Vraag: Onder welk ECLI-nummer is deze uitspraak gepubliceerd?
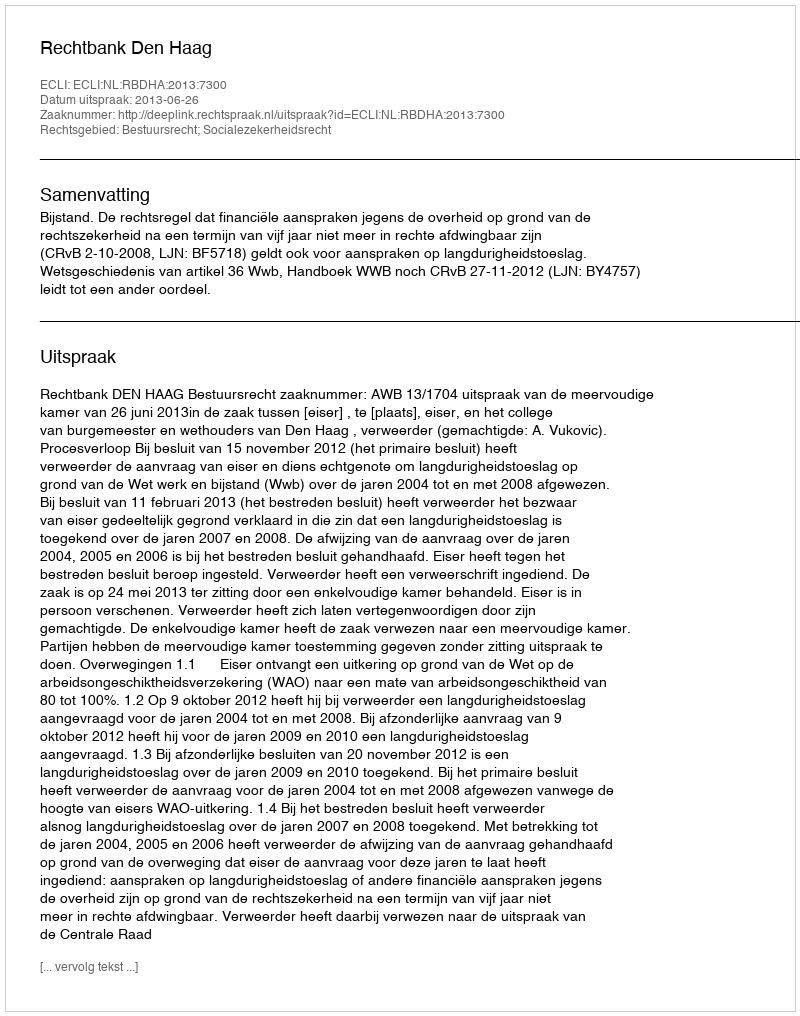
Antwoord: ECLI:NL:RBDHA:2013:7300